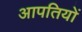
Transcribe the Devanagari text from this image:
आपतियों